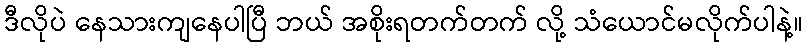
ဒီလိုပဲ နေသားကျနေပါပြီ ဘယ် အစိုးရတက်တက် လို့ သံယောင်မလိုက်ပါနဲ့။